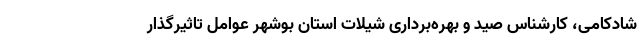
شادکامی، کارشناس صید و بهره‌برداری شیلات استان بوشهر عوامل تاثیرگذار